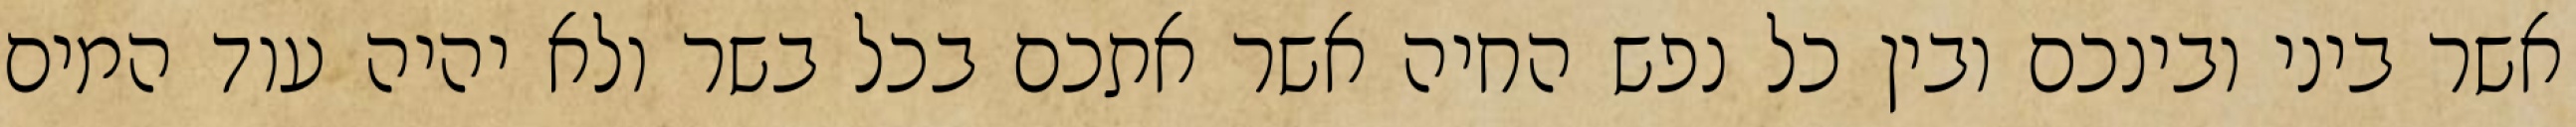
אשר ביני ובינכם ובין כל נפש החיה אשר אתכם בכל בשר ולא יהיה עוד המים